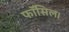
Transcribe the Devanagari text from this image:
फॉसिल।